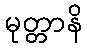
မုတ္တာနိ